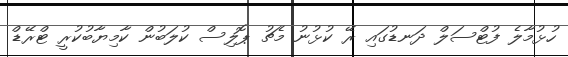
ހުޅުމާލެ ފުޓްސަލް ދަނޑުގައި ރޭ ކުޅުނު މެޗު ޕޮލިސް ކުލަބުން ކާމިޔާބުކުރީ ޓްރޭޑް